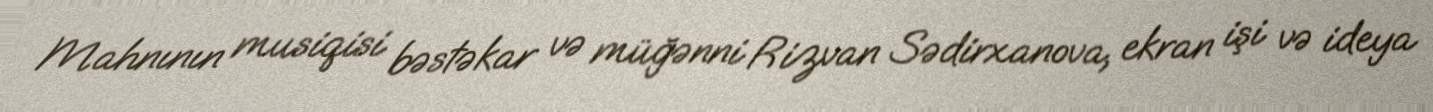
Mahnının musiqisi bəstəkar və müğənni Rizvan Sədirxanova, ekran işi və ideya